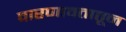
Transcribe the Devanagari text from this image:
वारणावतातून